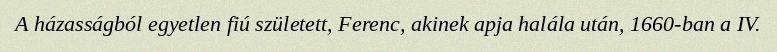
A házasságból egyetlen fiú született, Ferenc, akinek apja halála után, 1660-ban a IV.